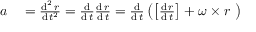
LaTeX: \begin{array} { r l } { { \boldsymbol { a } } } & { { } = { \frac { \operatorname { d } ^ { 2 } { \boldsymbol { r } } } { \operatorname { d } t ^ { 2 } } } = { \frac { \operatorname { d } } { \operatorname { d } t } } { \frac { \operatorname { d } { \boldsymbol { r } } } { \operatorname { d } t } } = { \frac { \operatorname { d } } { \operatorname { d } t } } \left( \left[ { \frac { \operatorname { d } { \boldsymbol { r } } } { \operatorname { d } t } } \right] + { \boldsymbol { \omega } } \times { \boldsymbol { r } } \ \right) } \end{array}